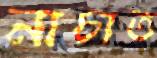
নাচাত